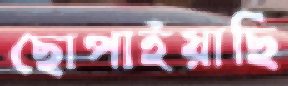
ছোপাইয়াছি